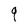
Character: 9